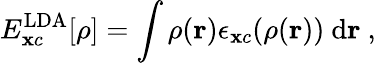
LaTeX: E_{\mathbf{x}c}^{\mathrm{{LDA}}}[\rho]=\int\rho(\mathbf{{r}})\epsilon_{\mathbf{x}c}(\rho(\mathbf{{r}}))\ \mathrm{{d}}\mathbf{{r}}\ ,